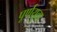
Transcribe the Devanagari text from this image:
पूर्णयुवा